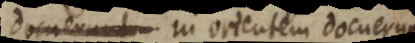
docuerunt in orientem docuerunt